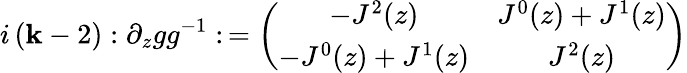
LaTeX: i\left(\mathbf{k}-2\right):\partial_{z}gg^{-1}:\, =\left(\begin{array}{cc}{{-J^{2}(z)}}&{{J^{0}(z)+J^{1}(z)}}\\ {{-J^{0}(z)+J^{1}(z)}}&{{J^{2}(z)}}\end{array}\right)